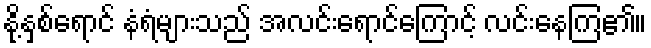
နို့နှစ်ရောင် နံရံများသည် အလင်းရောင်ကြောင့် လင်းနေကြ၏။